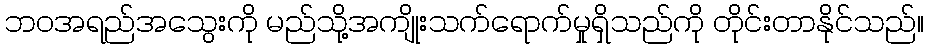
ဘဝအရည်အသွေးကို မည်သို့အကျိုးသက်ရောက်မှုရှိသည်ကို တိုင်းတာနိုင်သည်။